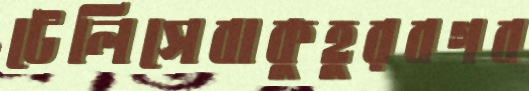
টেলিসেবাকুহুরবগব